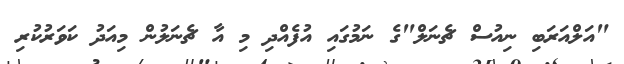
"އަލްއަރަބި ނިއުސް ޗެނަލް"ގެ ނަމުގައި އުފެއްދި މި އާ ޗެނަލުން މިއަދު ކަވަރުކުރި